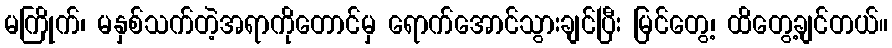
မကြိုက်၊ မနှစ်သက်တဲ့အရာကိုတောင်မှ ရောက်အောင်သွားချင်ပြီး မြင်တွေ့၊ ထိတွေ့ချင်တယ်။